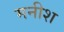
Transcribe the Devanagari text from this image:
मनीश